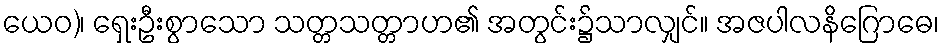
ယေဝ)၊ ရှေးဦးစွာသော သတ္တသတ္တာဟ၏ အတွင်း၌သာလျှင်။ အဇပါလနိဂြောဓေ၊